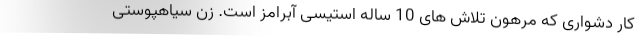
کار دشواری که مرهون تلاش های 10 ساله استیسی آبرامز است. زن سیاهپوستی